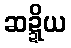
ဆဍ္ဍိယ